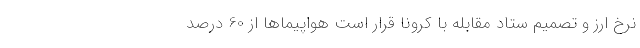
نرخ ارز و تصمیم ستاد مقابله با کرونا قرار است هواپیماها از 60 درصد